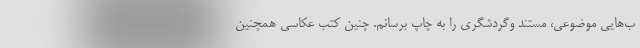
ب‌هایی موضوعی، مستند وگردشگری را به چاپ برسانم. چنین کتب عکاسی همچنین